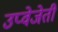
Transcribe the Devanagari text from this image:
उप्वेजेती